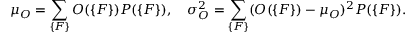
\mu _ { O } = \sum _ { \{ { \cal F } \} } O ( \{ { \cal F } \} ) P ( \{ { \cal F } \} ) , \quad \sigma _ { O } ^ { 2 } = \sum _ { \{ { \cal F } \} } ( O ( \{ { \cal F } \} ) - \mu _ { O } ) ^ { 2 } P ( \{ { \cal F } \} ) .